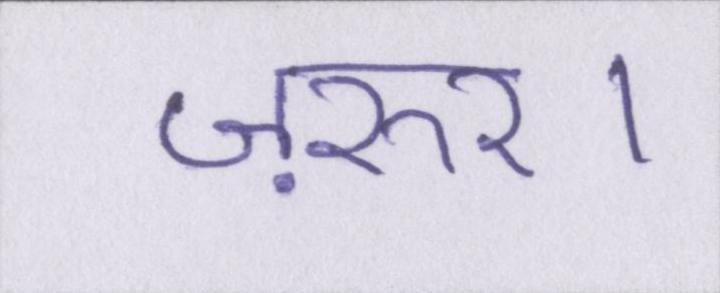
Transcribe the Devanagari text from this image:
ज़रुर।